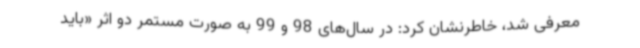
معرفی شد، خاطرنشان کرد: در سال‌های 98 و 99 به صورت مستمر دو اثر «باید